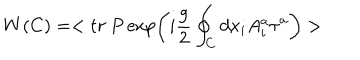
W ( C ) = < t r ~ P \exp \left( i { \frac { g } { 2 } } \oint _ { C } d x _ { i } A _ { i } ^ { a } \tau ^ { a } \right) >